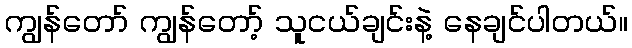
ကျွန်တော် ကျွန်တော့် သူငယ်ချင်းနဲ့ နေချင်ပါတယ်။